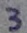
3